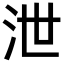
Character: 泄